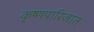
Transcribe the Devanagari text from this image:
कृष्णपारिजात